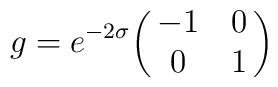
g=e^{-2\sigma} {\pmatrix{-1&0\cr 0&1}}